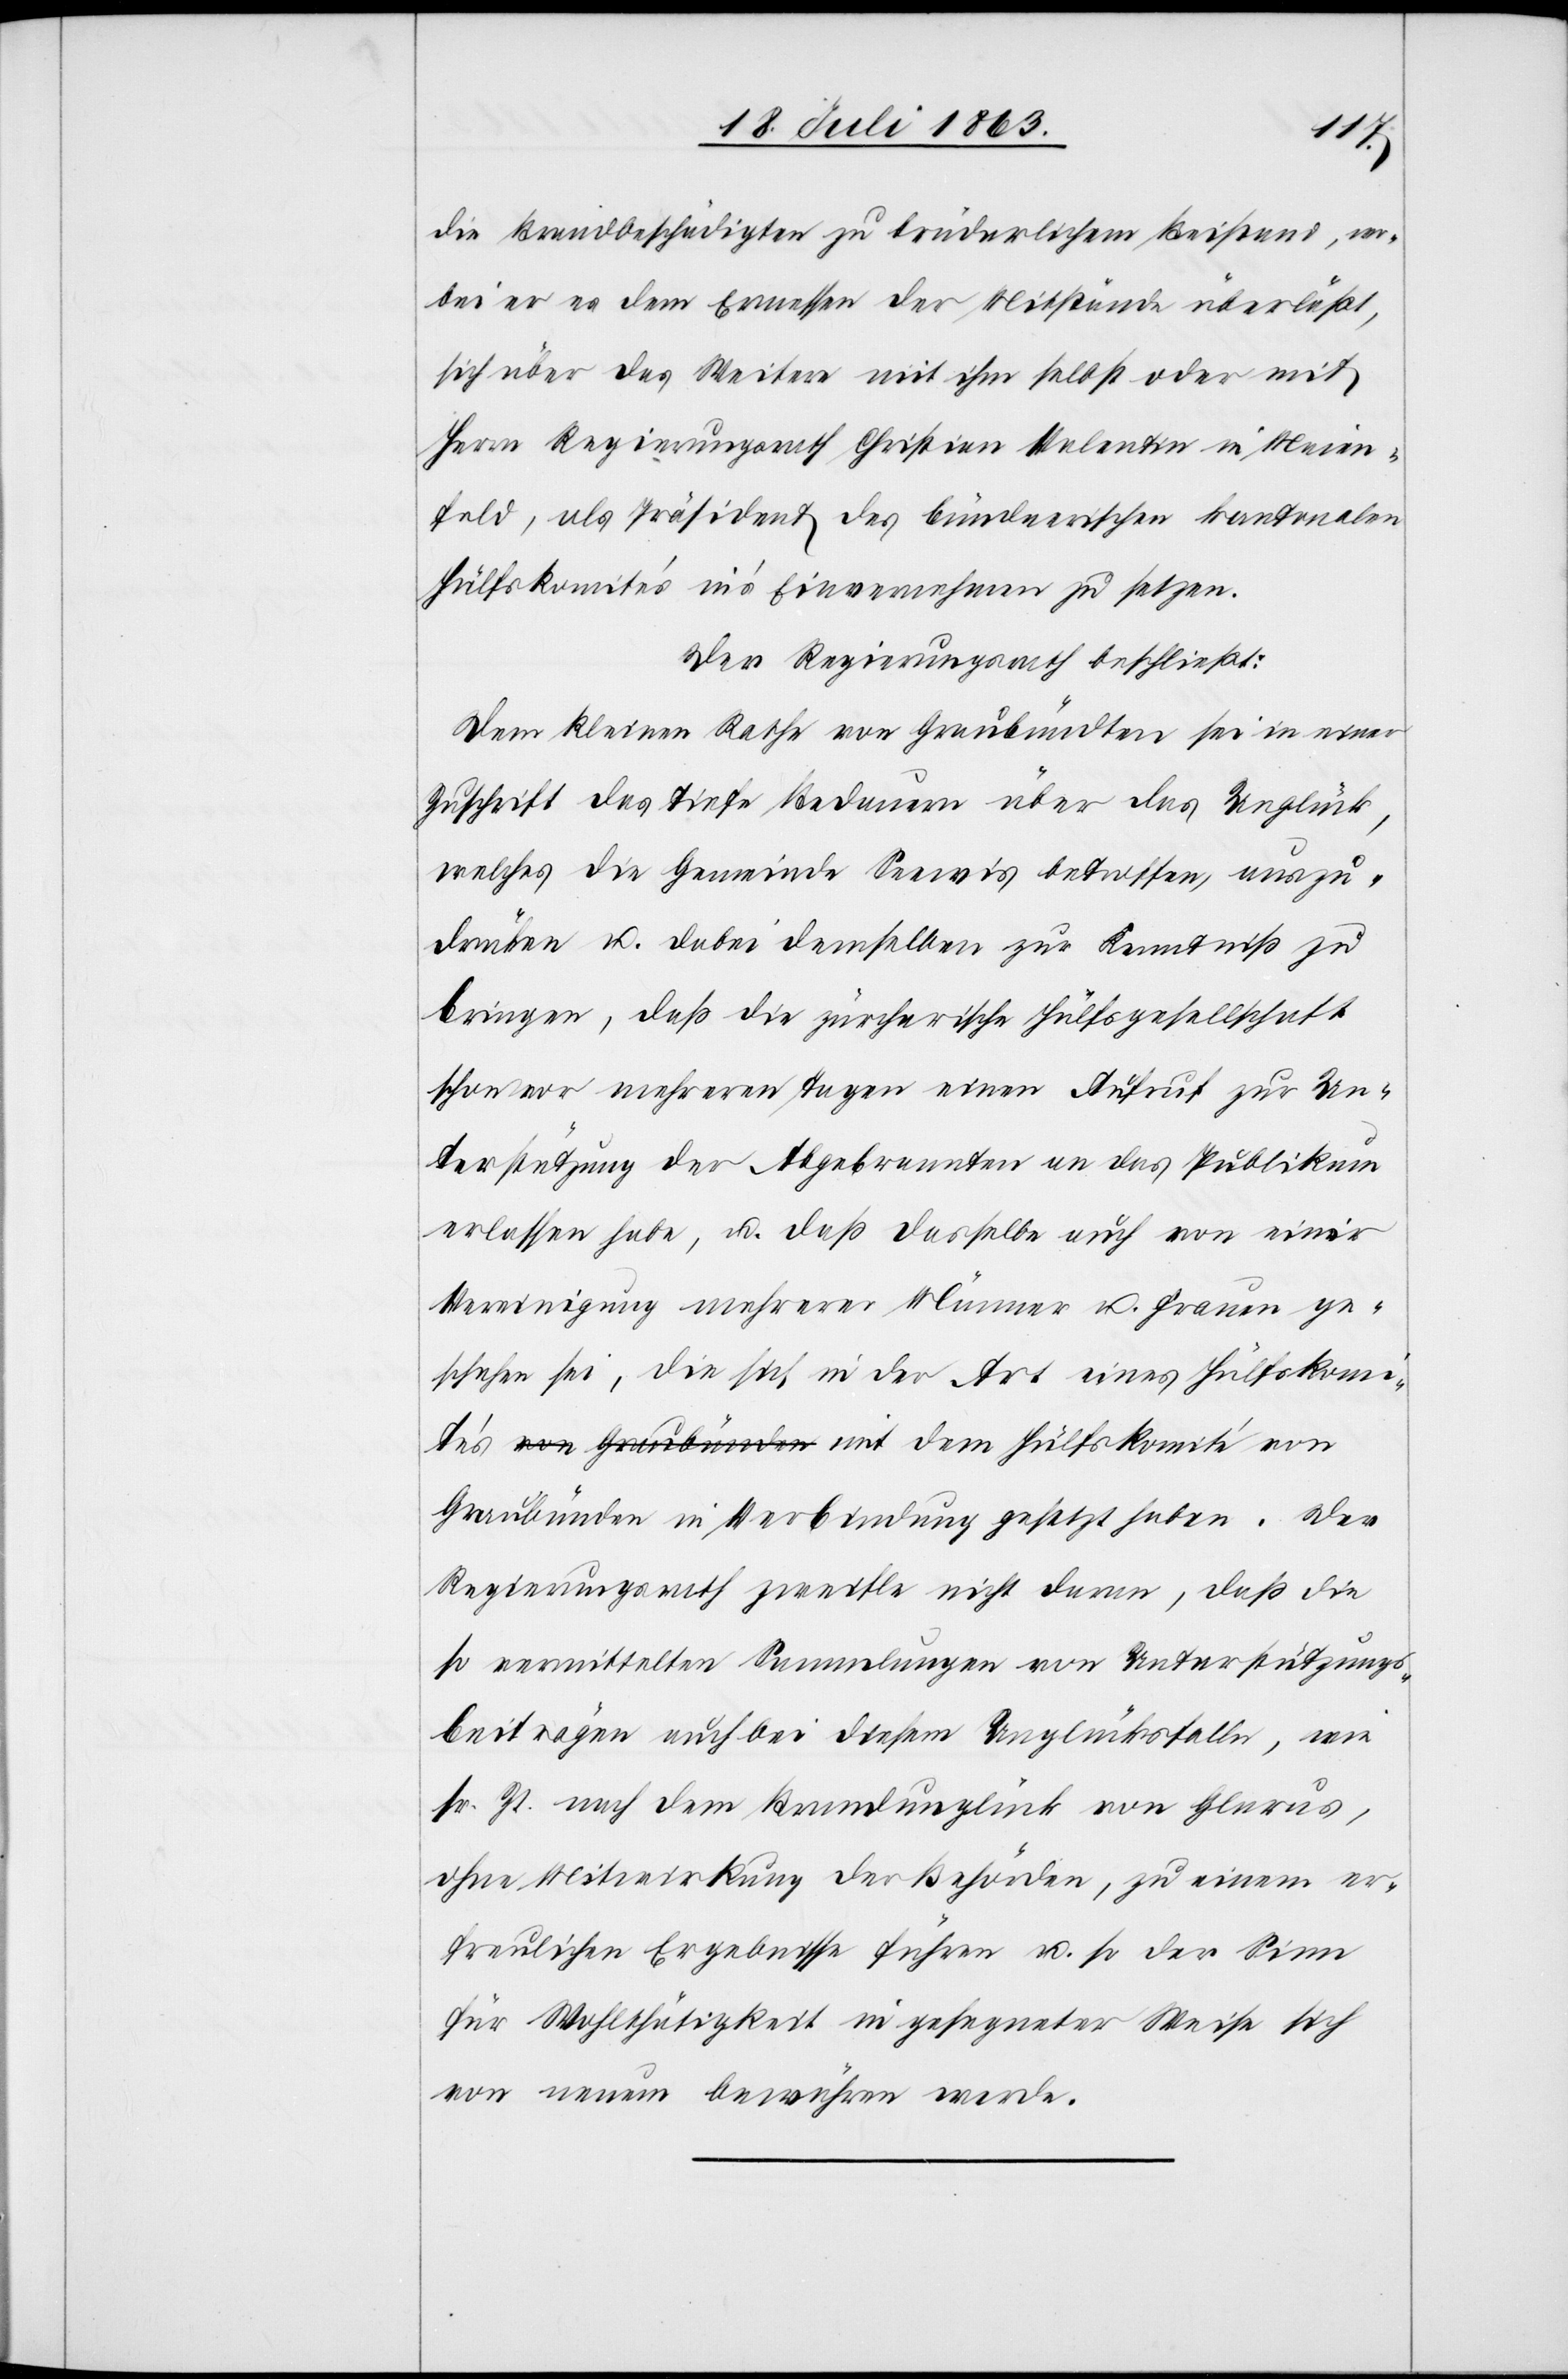
mit
die Brandbeschädigten zu brüderlichem Beistand, wo¬
bei er es dem Ermessen der Mitstände überläßt,
sich über das Weitere mit ihm selbst oder mit
Herrn Regierungsrath Christian Valentin in Maien¬
feld, als Präsident des bündnerischen kantonalen
Hülfskomités in's Einvernehmen zu setzen.
Der Regierungsrath beschließt:
Dem kleinen Rathe von Graubündten [sic!] sei in einer
Zuschrift das tiefe Bedauern über das Unglück,
welches die Gemeinde Seewis betroffen, auszu¬
drücken u. dabei demselben zur Kenntniß zu
bringen, daß die zürcherische Hülfsgesellschaft
schon vor mehreren Tagen einen Aufruf zur Un¬
terstützung der Abgebrannten an das Publikum
erlassen habe, u. daß dasselbe auch von einer
Vereinigung mehrerer Männer u. Frauen ge¬
schehen sei, die sich in der Art eines Hülfskomi¬
Graubünden in Verbindung gesetzt haben. Der
Regierungsrath zweifle nicht daran, daß die
so vermittelten Sammlungen von Unterstützungs¬
beiträgen auch bei diesem Unglücksfalle, wie
sr. Zt. nach dem Brandunglück von Glarus,
ohne Mitwirkung der Behörden, zu einem er¬
freulichen Ergebnisse führen u. so der Sinn
für Wohlthätigkeit in gesegneter Weise sich
von neuem bewähren werde.